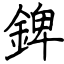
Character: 錍